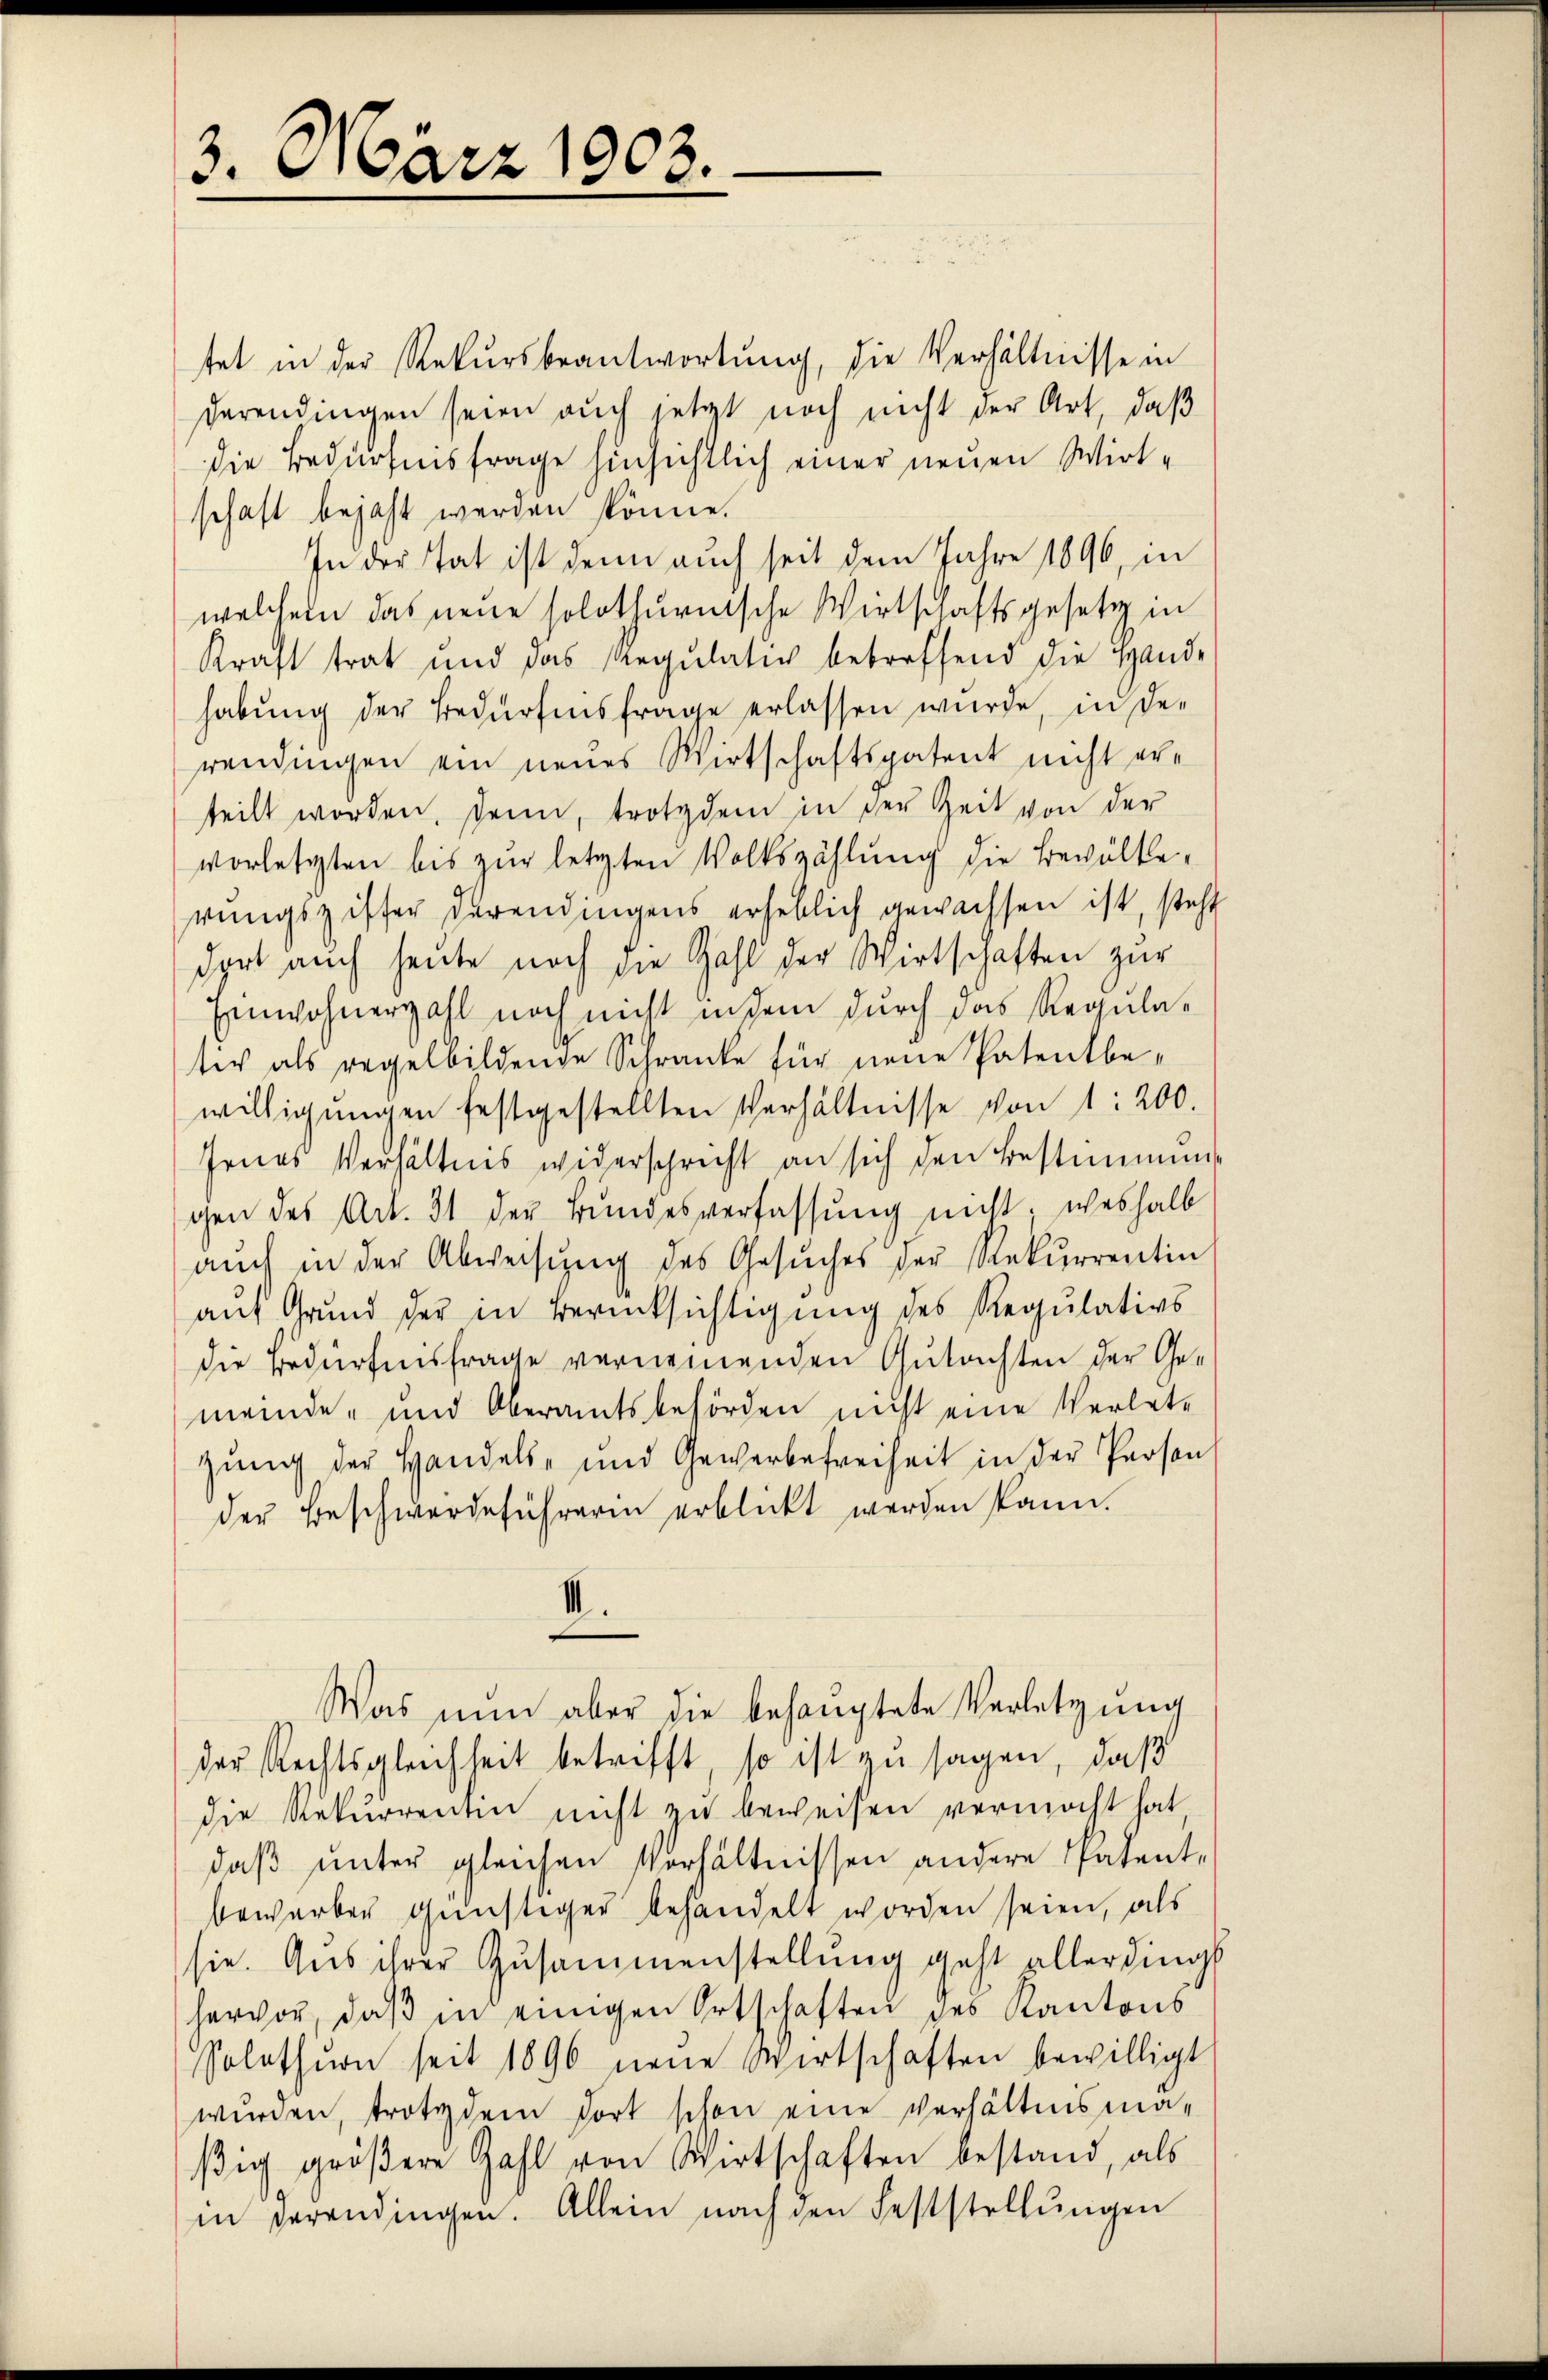
3. März 1903.

tet in der Rekursbeantwortung, die Verhältnisse in
derendingen seien auch jetzt noch nicht der Art, daß
die Bedürfnisfrage hinsichtlich einer neuen Wirt-
schaft bejaht werden könne.
In der Tat ist denn auch seit dem Jahre 1896, in
welchem das neue solothurnische Wirtschaftsgesetz in
Kraft trat und das Regŭlativ betreffend die Hande
habŭng der Bedürfnisfrage erlassen wurde, in de-
wendingen ein neues Wirtschaftspatent nicht erteilt worden, denn, trotzdem in der Zeit von der
vorletzten bis zur letzten Volkszählung die Bevölkerungsziffer derendingens erheblich gewachsen ist, steht
dort auch heute noch die Zahl der Wirtschaften zur
Einwohnerzahl noch nicht in dem durch das Regulativ als regelbildende Schranke für neue Patentbewilligŭngen festgestellten Verhältnisse von 1: 200.
Jenes Verhältnis widerschricht an sich den Bestimmung
gen des Art. 31 der Bundesverfassung nicht, weshalb
aŭch in der Abweisŭng des Gesŭches der Rekurrentin
auf Grund der in Berücksichtigung des Regulativs
die Bedürfnisfrage vernemenden Gutachten der Gemeinde- und Oberamtsbehörden nicht eine Verlet-
zung der Handels- und Gewerbefreiheit in der Person
der Beschwerdeführerin erblickt werden kann.
1
Was nun aber die behauptete Verletzŭng
der Rechtsgleichheit betrifft, so ist zu sagen, daß
die Rekurrenten nicht zu beweisen vermocht hat,
daβ ŭnter gleichen Verhältnissen andere Patent-
bewerben günstiger behandelt worden seien, als
sie. Aus ihrer Zusammenstellung geht allerding
hervor, daβ in einigen Ortschaften des Kantons
Solothurn seit 1896 neŭe Wirtschaften bewilligt
wŭrden, trotzdem dort schon eine verhältnisma-
ßig größere Zahl von Wirtschaften bestand, als
in derendingen. Allein nach den Feststellŭngen